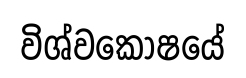
විශ්වකොෂයේ